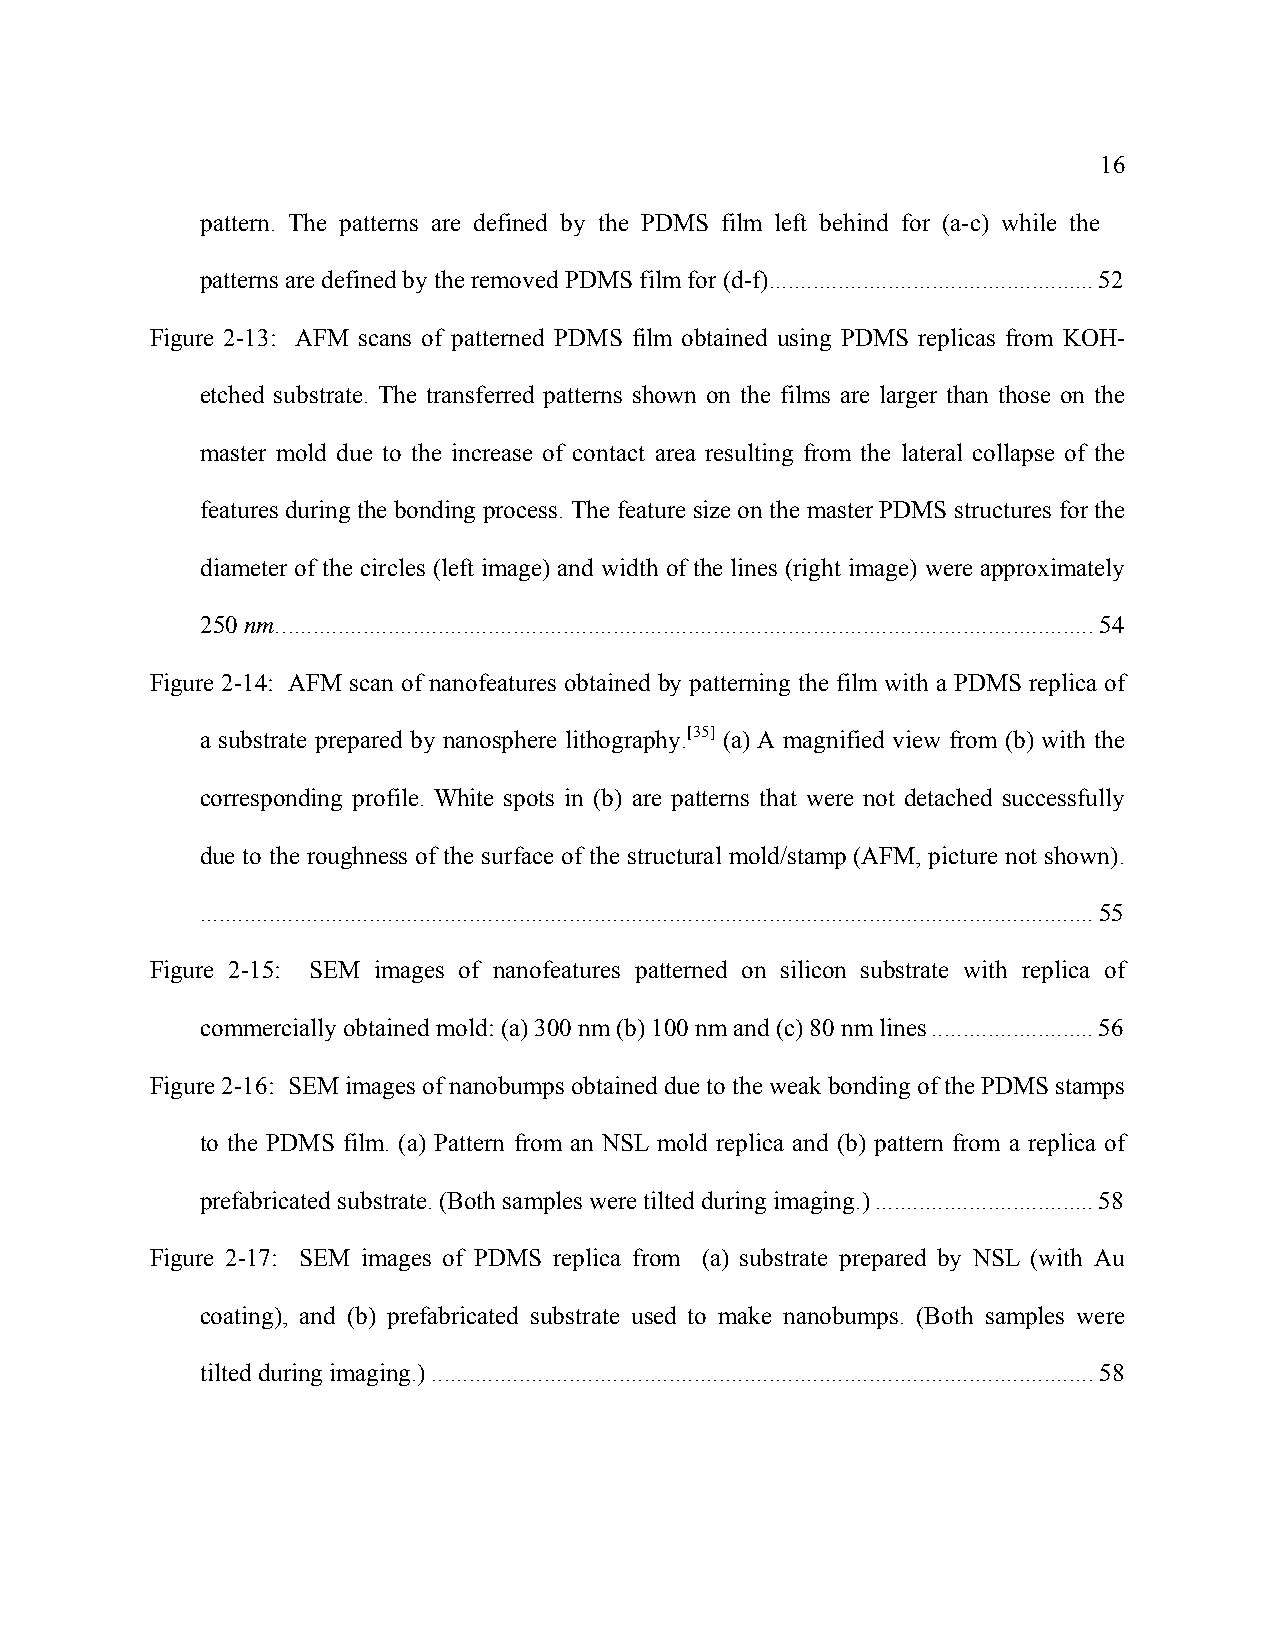
16
 pattern. The patterns are defined by the PDMS film left behind for (a-c) while the
 patterns are defined by the removed PDMS film for (d-f)....................................................52
 Figure 2-13: AFM scans of patterned PDMS film obtained using PDMS replicas from KOH-
 etched substrate. The transferred patterns shown on the films are larger than those on the
 master mold due to the increase of contact area resulting from the lateral collapse of the
 features during the bonding process. The feature size on the master PDMS structures for the
 diameter of the circles (left image) and width of the lines (right image) were approximately
 250 nm...................................................................................................................................54
 Figure 2-14: AFM scan of nanofeatures obtained by patterning the film with a PDMS replica of
 a substrate prepared by nanosphere lithography.[35] (a) A magnified view from (b) with the
 corresponding profile. White spots in (b) are patterns that were not detached successfully
 due to the roughness of the surface of the structural mold/stamp (AFM, picture not shown).
 ...............................................................................................................................................55
 Figure 2-15: SEM images of nanofeatures patterned on silicon substrate with replica of
 commercially obtained mold: (a) 300 nm (b) 100 nm and (c) 80 nm lines..........................56
 Figure 2-16: SEM images of nanobumps obtained due to the weak bonding of the PDMS stamps
 to the PDMS film. (a) Pattern from an NSL mold replica and (b) pattern from a replica of
 prefabricated substrate. (Both samples were tilted during imaging.)...................................58
 Figure 2-17: SEM images of PDMS replica from (a) substrate prepared by NSL (with Au
 coating), and (b) prefabricated substrate used to make nanobumps. (Both samples were
 tilted during imaging.)..........................................................................................................58